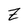
Character: I